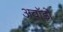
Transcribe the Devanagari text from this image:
अवॉर्डों